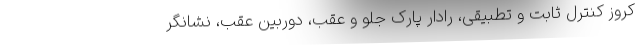
کروز کنترل ثابت و تطبیقی، رادار پارک جلو و عقب، دوربین عقب، نشانگر